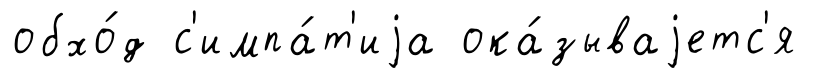
обхо́д с'импа́т'иjа ока́зываjетс'я